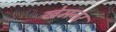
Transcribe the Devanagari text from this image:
खेमनर